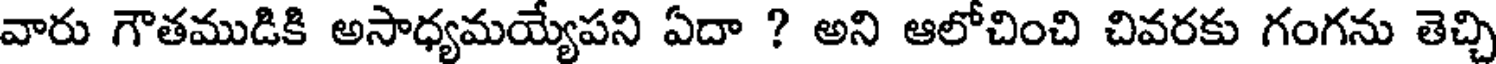
వారు గౌతముడికి అసాధ్యమయ్యేపని ఏదా ? అని ఆలోచించి చివరకు గంగను తెచ్చి